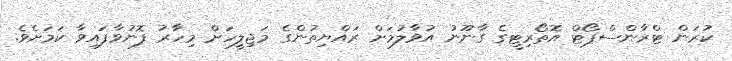
ކުރަން ޓްރާންސްޕޯޓް އޮތޯރިޓީގެ ގާނޫނު އުވާލުމަށް ރައްޔިތުންގެ މަޖިލީހަށް މިހާރު ފޮނުވާފައިވާ ކަމަށެވެ.